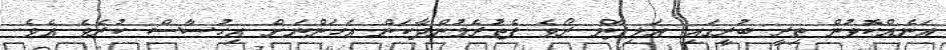
އަނެއްކޮޅުން ތިރީ ބުރީގައި އަލިފާން ރޯވެ ފެތުރެމުންދާކަން އަހަންނަށް އިހުސާސް ކުރެވެ އެވެ.